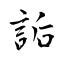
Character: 詬